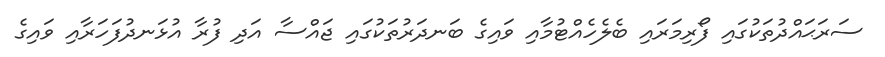
ސަރަޙައްދުތަކުގައި ފޯރިމަރައި ބެލެހެއްޓުމާއި ވައިގެ ބަނދަރުތަކުގައި ޖައްސާ އަދި ފުރާ އުޅަނދުފަހަރާއި ވައިގެ